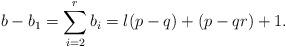
LaTeX: \begin{align*} b-b_1=\sum_{i=2}^r b_i= l(p-q) + (p-qr) + 1. \end{align*}